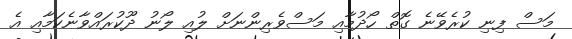
މަސް ފިނި ކުރެވޭނެ ގޮތް ހޯދުމާއި މަސްވެރިންނަށް ލުއި ލޯނު ދޫކުރައްވާނެކަމާއި އެ